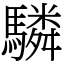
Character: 驎